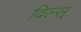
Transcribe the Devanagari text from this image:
विल्स्